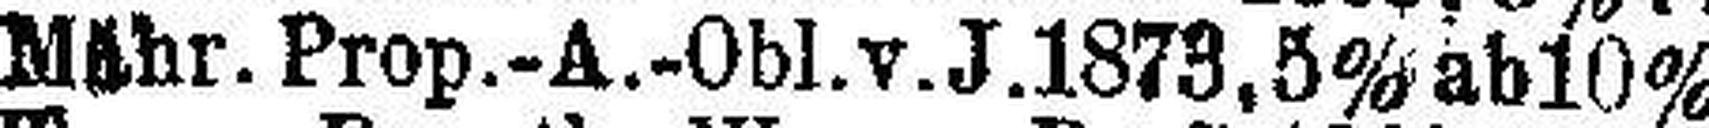
Mähr. Prop.-A.-Obl.v.J. 1873, 5% ab 10%